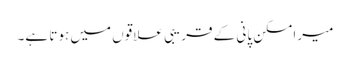
میرا مسکن پانی کے قریبی علاقوں میں ہوتا ہے۔